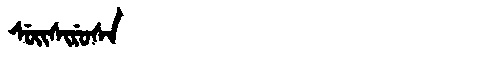
Manchu: ᠰᡠᡳᠰᡳᡵᡠᠰᠠ
Romanization: SUISIRUSA